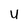
Character: u